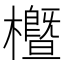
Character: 櫭